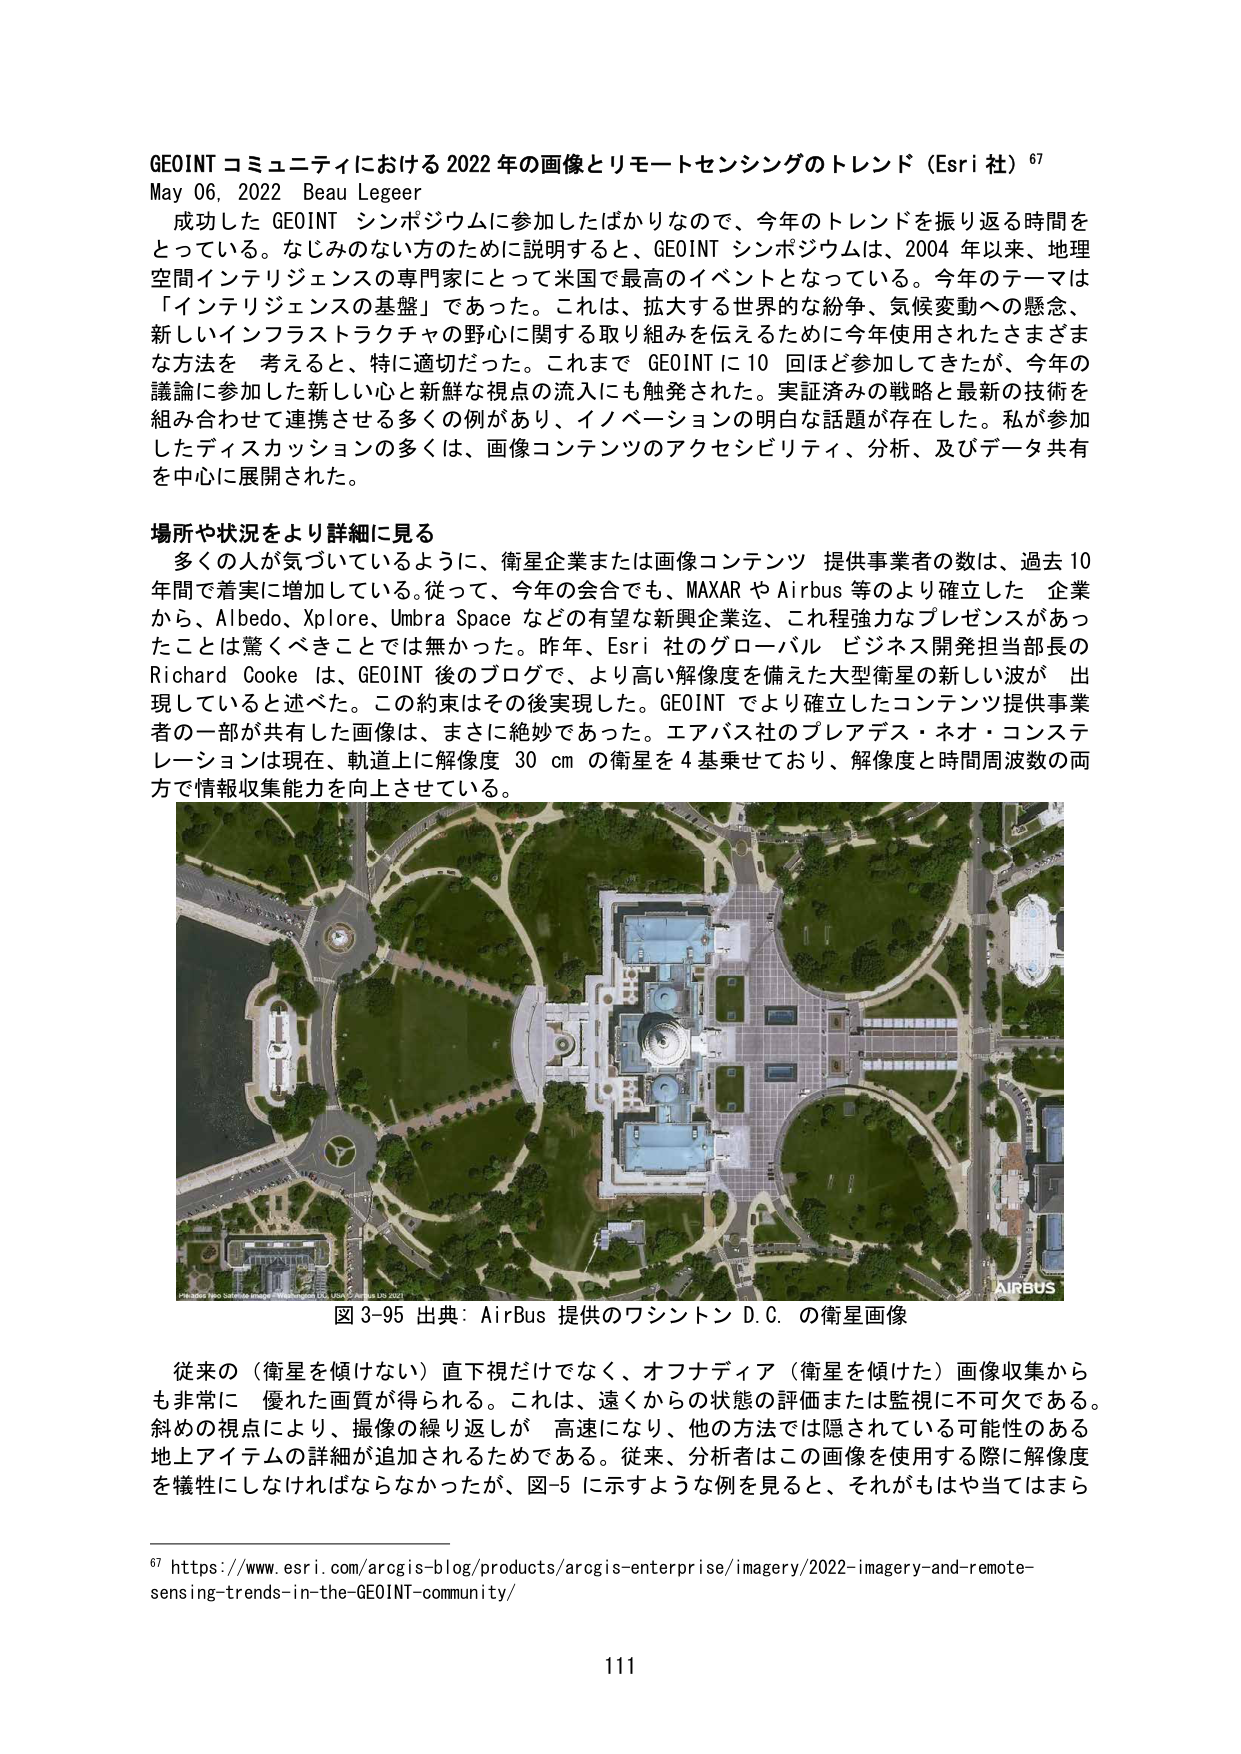
GEOINT コミュニティにおける 2022 年の画像とリモートセンシングのトレンド（Esri 社）⁶⁷
May 06, 2022 Beau Legeer

成功した GEOINT シンポジウムに参加したばかりなので、今年のトレンドを振り返る時間を
とった。なじみのない方のために説明すると、GEOINT シンポジウムは、2004 年以来、地理
空間インテリジェンスの専門家にとって米国で最高のイベントとなっている。今年のテーマは
「インテリジェンスの基盤」であった。これは、拡大する世界的な紛争、気候変動への懸念、
新しいインフラストラクチャの野心に関する取り組みを伝えるために今年使用されたさまざま
な方法を 考えると、特に適切だった。これまで GEOINT に 10 回ほど参加してきたが、今年の
議論に参加した新しい心と新鮮な視点の流入にも触発された。実証済みの戦略と最新の技術を
組み合わせて連携させる多くの例があり、イノベーションの明白な話題が存在した。私が参加
したディスカッションの多くは、画像コンテンツのアクセシビリティ、分析、及びデータ共有
を中心に展開された。

場所や状況をより詳細に見る
多くの人が気づいているように、衛星企業または画像コンテンツ 提供事業者の数は、過去 10
年間で着実に増加している。従って、今年の会合でも、MAXAR や Airbus 等のより確立した 企業
から、Albedo、Xplore、Umbra Space などの有望な新興企業迄、これ程強力なプレゼンスがあっ
たことは驚くべきことでは無かった。昨年、Esri 社のグローバル ビジネス開発担当部長の
Richard Cooke は、GEOINT 後のブログで、より高い解像度を備えた大型衛星の新しい波が 出
現していると述べた。この約束はその後実現した。GEOINT でより確立したコンテンツ提供事業
者の一部が共有した画像は、まさに絶妙であった。エアバス社のプレアデス・ネオ・コンステ
レーションは現在、軌道上に解像度 30 cm の衛星を 4 基乗せており、解像度と時間周波数の両
方で情報収集能力を向上させている。

図 3-95 出典：AirBus 提供のワシントン D.C. の衛星画像

従来の（衛星を傾けない）直下視だけでなく、オフナディア（衛星を傾けた）画像収集から
も非常に 優れた画質が得られる。これは、遠くからの状態の評価または監視に不可欠である。
斜めの視点により、撮像の繰り返しが 高速になり、他の方法では隠されている可能性のある
地上アイテムの詳細が追加されるためである。従来、分析者はこの画像を使用する際に解像度
を犠牲にしなければならなかったが、図-5 に示すような例を見ると、それがもはや当てはまら

⁶⁷ https://www.esri.com/arcgis-blog/products/arcgis-enterprise/imagery/2022-imagery-and-remote-sensing-trends-in-the-GEOINT-community/

111